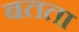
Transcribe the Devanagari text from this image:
बतता